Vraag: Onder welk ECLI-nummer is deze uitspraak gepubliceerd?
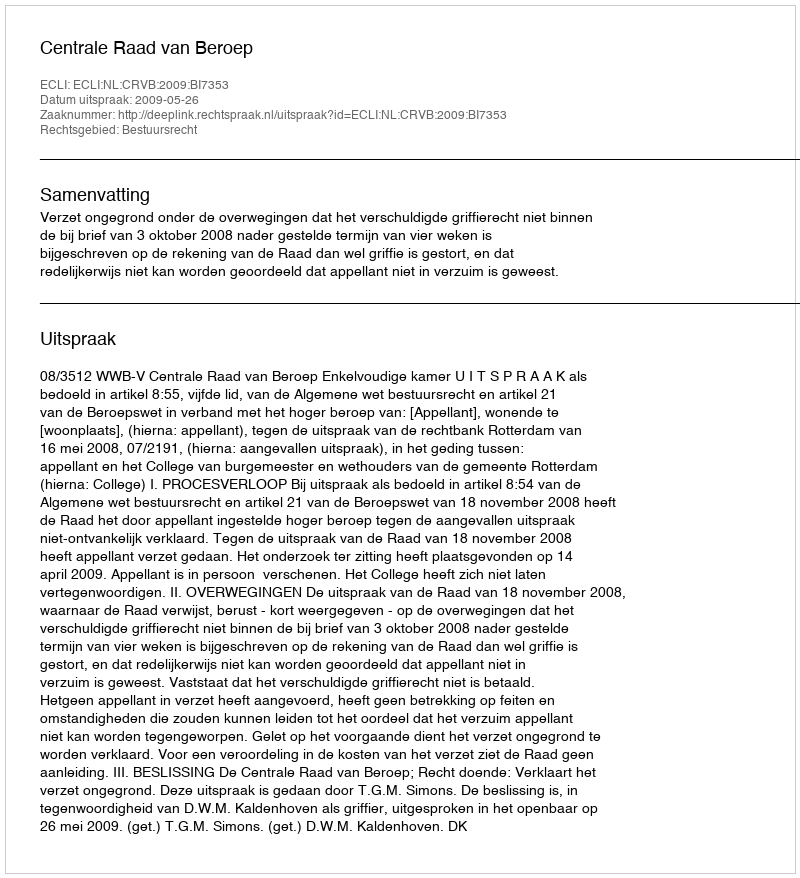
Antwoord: ECLI:NL:CRVB:2009:BI7353